Report on vaccination North-West Frontier Province 1904-1922 - 1904-1922
Year: 1904
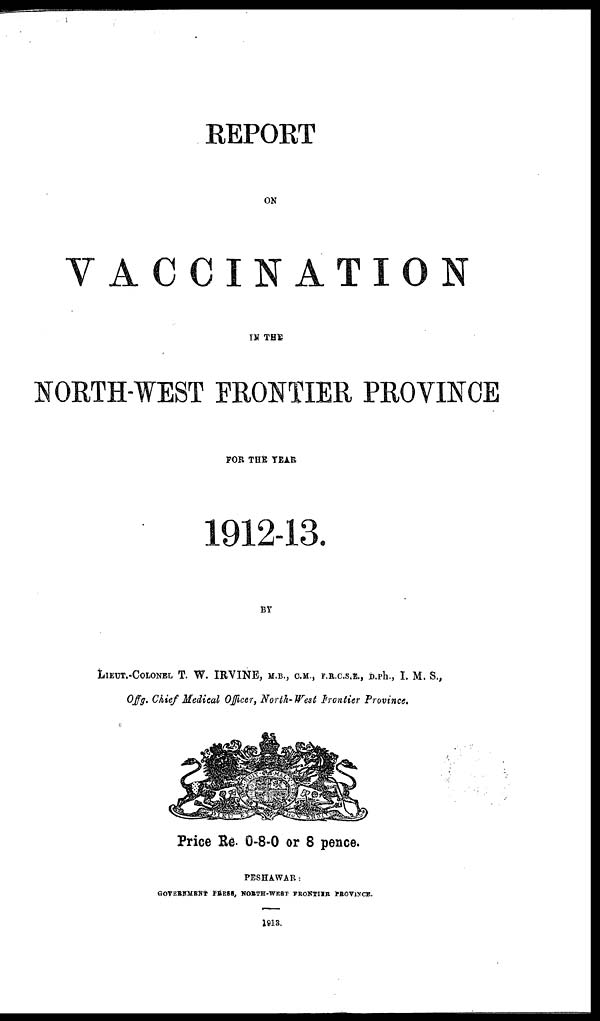
REPORT
ON
VACCINATION
IN THE
NORTH-WEST FRONTIER PROVINCE
FOR THE YEAR
1912-13.
BY
LIEUT.-COLONEL T. W. IRVINE, M.B., C.M., F.R.C.S.E., D.Ph., I. M. S.,
Offg. Chief Medical Officer, North-West Frontier Province.
Price Re. 0-8-0 or 8 pence.
PESHAWAR:
GOVERNMENT PRESS, NORTH-WEST FRONTIER PROVINCE.
1913.